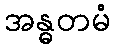
အန္ဓတမံ